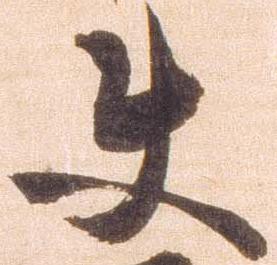
使